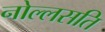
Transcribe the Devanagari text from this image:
नोल्लसति